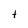
Character: t